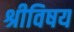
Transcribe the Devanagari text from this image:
श्रीविषय